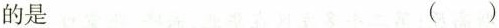
的是 ( )